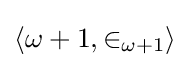
\langle \omega +1,\in _{\omega +1}\rangle